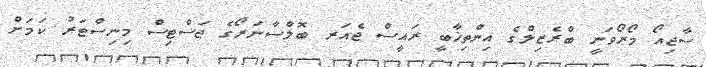
ސާޖިއޯ މޯރޯވަނީ ބްރެޒިލްގެ އިންތިޚާބީ ރައީސް ޖެއަރ ބޮލްސާނަރޯގެ ޖަސްޓިސް މިނިސްޓަރު ކަމަށް